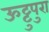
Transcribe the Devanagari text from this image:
ऊट्टुपुरा